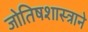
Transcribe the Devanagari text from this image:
जोतिषशास्त्राने